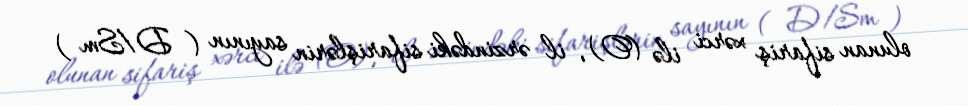
olunan sifariş xərci ilə (O), il ərzindəki sifarişlərin sayının ( D/Sm )